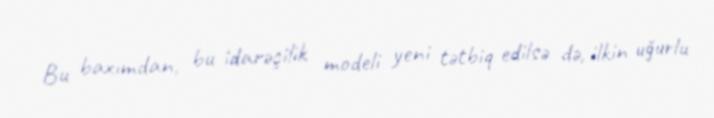
Bu baxımdan, bu idarəçilik modeli yeni tətbiq edilsə də, ilkin uğurlu